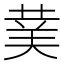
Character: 𮏖